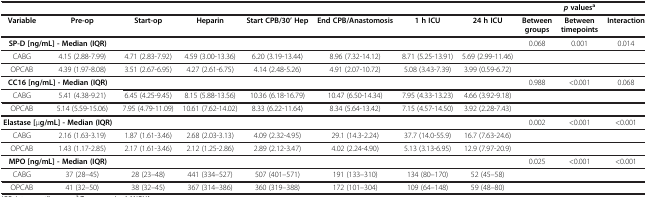
<table><thead><tr><td><b> </b></td><td><b> </b></td><td><b> </b></td><td><b> </b></td><td><b> </b></td><td><b> </b></td><td><b> </b></td><td><b> </b></td><td><b> </b></td><td><b><i>p </i>values<sup>a</sup></b></td><td><b> </b></td></tr><tr><td><b>Variable</b></td><td><b>Pre-op</b></td><td><b>Start-op</b></td><td><b>Heparin</b></td><td><b>Start CPB/30’ Hep</b></td><td><b>End CPB/Anastomosis</b></td><td><b>1 h ICU</b></td><td><b>24 h ICU</b></td><td><b>Between groups</b></td><td><b>Between timepoints</b></td><td><b>Interaction</b></td></tr></thead><tbody><tr><td colspan="2"><b>SP-D [ng/mL] - Median (IQR)</b></td><td colspan="6"> </td><td>0.068</td><td>0.001</td><td>0.014</td></tr><tr><td>CABG</td><td>4.15 (2.88-7.99)</td><td>4.71 (2.83-7.92)</td><td>4.59 (3.00-13.36)</td><td>6.20 (3.19-13.44)</td><td>8.96 (7.32-14.12)</td><td>8.71 (5.25-13.91)</td><td>5.69 (2.99-11.46)</td><td> </td><td> </td><td> </td></tr><tr><td>OPCAB</td><td>4.39 (1.97-8.08)</td><td>3.51 (2.67-6.95)</td><td>4.27 (2.61-6.75)</td><td>4.14 (2.48-5.26)</td><td>4.91 (2.07-10.72)</td><td>5.08 (3.43-7.39)</td><td>3.99 (0.59-6.72)</td><td> </td><td> </td><td> </td></tr><tr><td colspan="2"><b>CC16 [ng/mL] - Median (IQR)</b></td><td> </td><td> </td><td> </td><td> </td><td> </td><td> </td><td>0.988</td><td>&lt;0.001</td><td>0.068</td></tr><tr><td>CABG</td><td>5.41 (4.38-9.21)</td><td>6.45 (4.25-9.45)</td><td>8.15 (5.88-13.56)</td><td>10.36 (6.18-16.79)</td><td>10.47 (6.50-14.34)</td><td>7.95 (4.33-13.23)</td><td>4.66 (3.92-9.18)</td><td> </td><td> </td><td> </td></tr><tr><td>OPCAB</td><td>5.14 (5.59-15.06)</td><td>7.95 (4.79-11.09)</td><td>10.61 (7.62-14.02)</td><td>8.33 (6.22-11.64)</td><td>8.34 (5.64-13.42)</td><td>7.15 (4.57-14.50)</td><td>3.92 (2.28-7.43)</td><td> </td><td> </td><td> </td></tr><tr><td colspan="2"><b>Elastase [</b>μ<b>g/mL] - Median (IQR)</b></td><td> </td><td> </td><td> </td><td> </td><td> </td><td> </td><td>0.002</td><td>&lt;0.001</td><td>&lt;0.001</td></tr><tr><td>CABG</td><td>2.16 (1.63-3.19)</td><td>1.87 (1.61-3.46)</td><td>2.68 (2.03-3.13)</td><td>4.09 (2.32-4.95)</td><td>29.1 (14.3-2.24)</td><td>37.7 (14.0-55.9)</td><td>16.7 (7.63-24.6)</td><td> </td><td> </td><td> </td></tr><tr><td>OPCAB</td><td>1.43 (1.17-2.85)</td><td>2.17 (1.61-3.46)</td><td>2.12 (1.25-2.86)</td><td>2.89 (2.12-3.47)</td><td>4.02 (2.24-4.90)</td><td>5.13 (3.13-6.95)</td><td>12.9 (7.97-20.9)</td><td> </td><td> </td><td> </td></tr><tr><td colspan="2"><b>MPO [ng/mL] - Median (IQR)</b></td><td> </td><td> </td><td> </td><td> </td><td> </td><td> </td><td>0.025</td><td>&lt;0.001</td><td>&lt;0.001</td></tr><tr><td>CABG</td><td>37 (28–45)</td><td>28 (23–48)</td><td>441 (334–527)</td><td>507 (401–571)</td><td>191 (133–310)</td><td>134 (80–170)</td><td>52 (45–58)</td><td> </td><td> </td><td> </td></tr><tr><td>OPCAB</td><td>41 (32–50)</td><td>38 (32–45)</td><td>367 (314–386)</td><td>360 (319–388)</td><td>172 (101–304)</td><td>109 (64–148)</td><td>59 (48–80)</td><td> </td><td> </td><td> </td></tr></tbody></table>